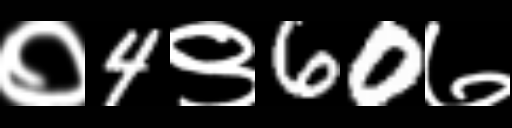
Text: ०4९60७